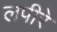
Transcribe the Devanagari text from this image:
लपीरे